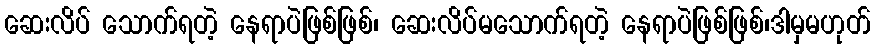
ဆေးလိပ် သောက်ရတဲ့ နေရာပဲဖြစ်ဖြစ်၊ ဆေးလိပ်မသောက်ရတဲ့ နေရာပဲဖြစ်ဖြစ်၊ဒါမှမဟုတ်